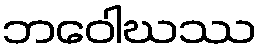
ဘဝေါဃဿ